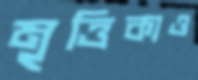
মৃত্তিকাও